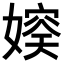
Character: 𪦛